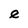
Character: e